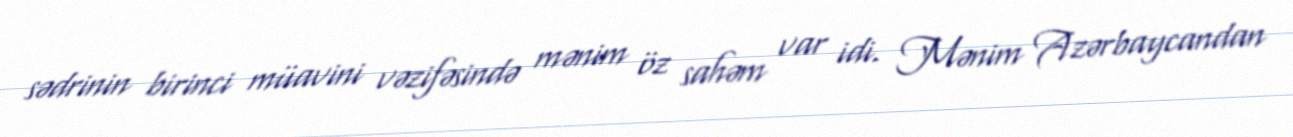
sədrinin birinci müavini vəzifəsində mənim öz sahəm var idi. Mənim Azərbaycandan